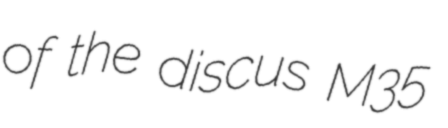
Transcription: of the discus M35